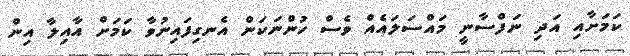
ކަމަށާއި އަދި ނަފްސާނީ މައްސަލައެއް ވެސް ހުންނަކަން އެނގިފައިނުވާ ކަމަށް އާއިލާ އިން